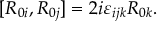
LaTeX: [ R _ { 0 i } , R _ { 0 j } ] = 2 i \varepsilon _ { i j k } R _ { 0 k } .